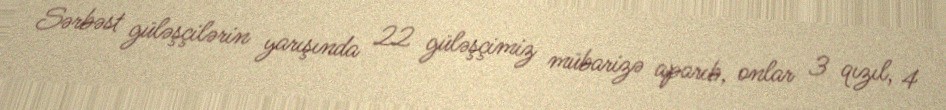
Sərbəst güləşçilərin yarışında 22 güləşçimiz mübarizə aparıb, onlar 3 qızıl, 4